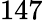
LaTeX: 147